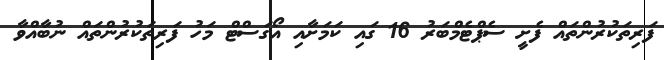
ފަރިތަކުރުންތައް ފެށީ ސެޕްޓެމްބަރު 16 ގައި ކަމަށާއި އޯގަސްޓް މަހު ފަރިތަކުރުންތައް ނުބާއްވާ